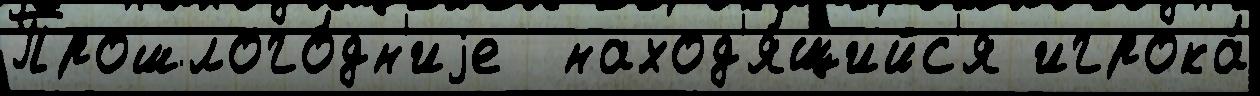
Прошлого́дн'иjе  наход'я́щийс'я игрока́